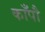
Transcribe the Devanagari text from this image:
काँपौ